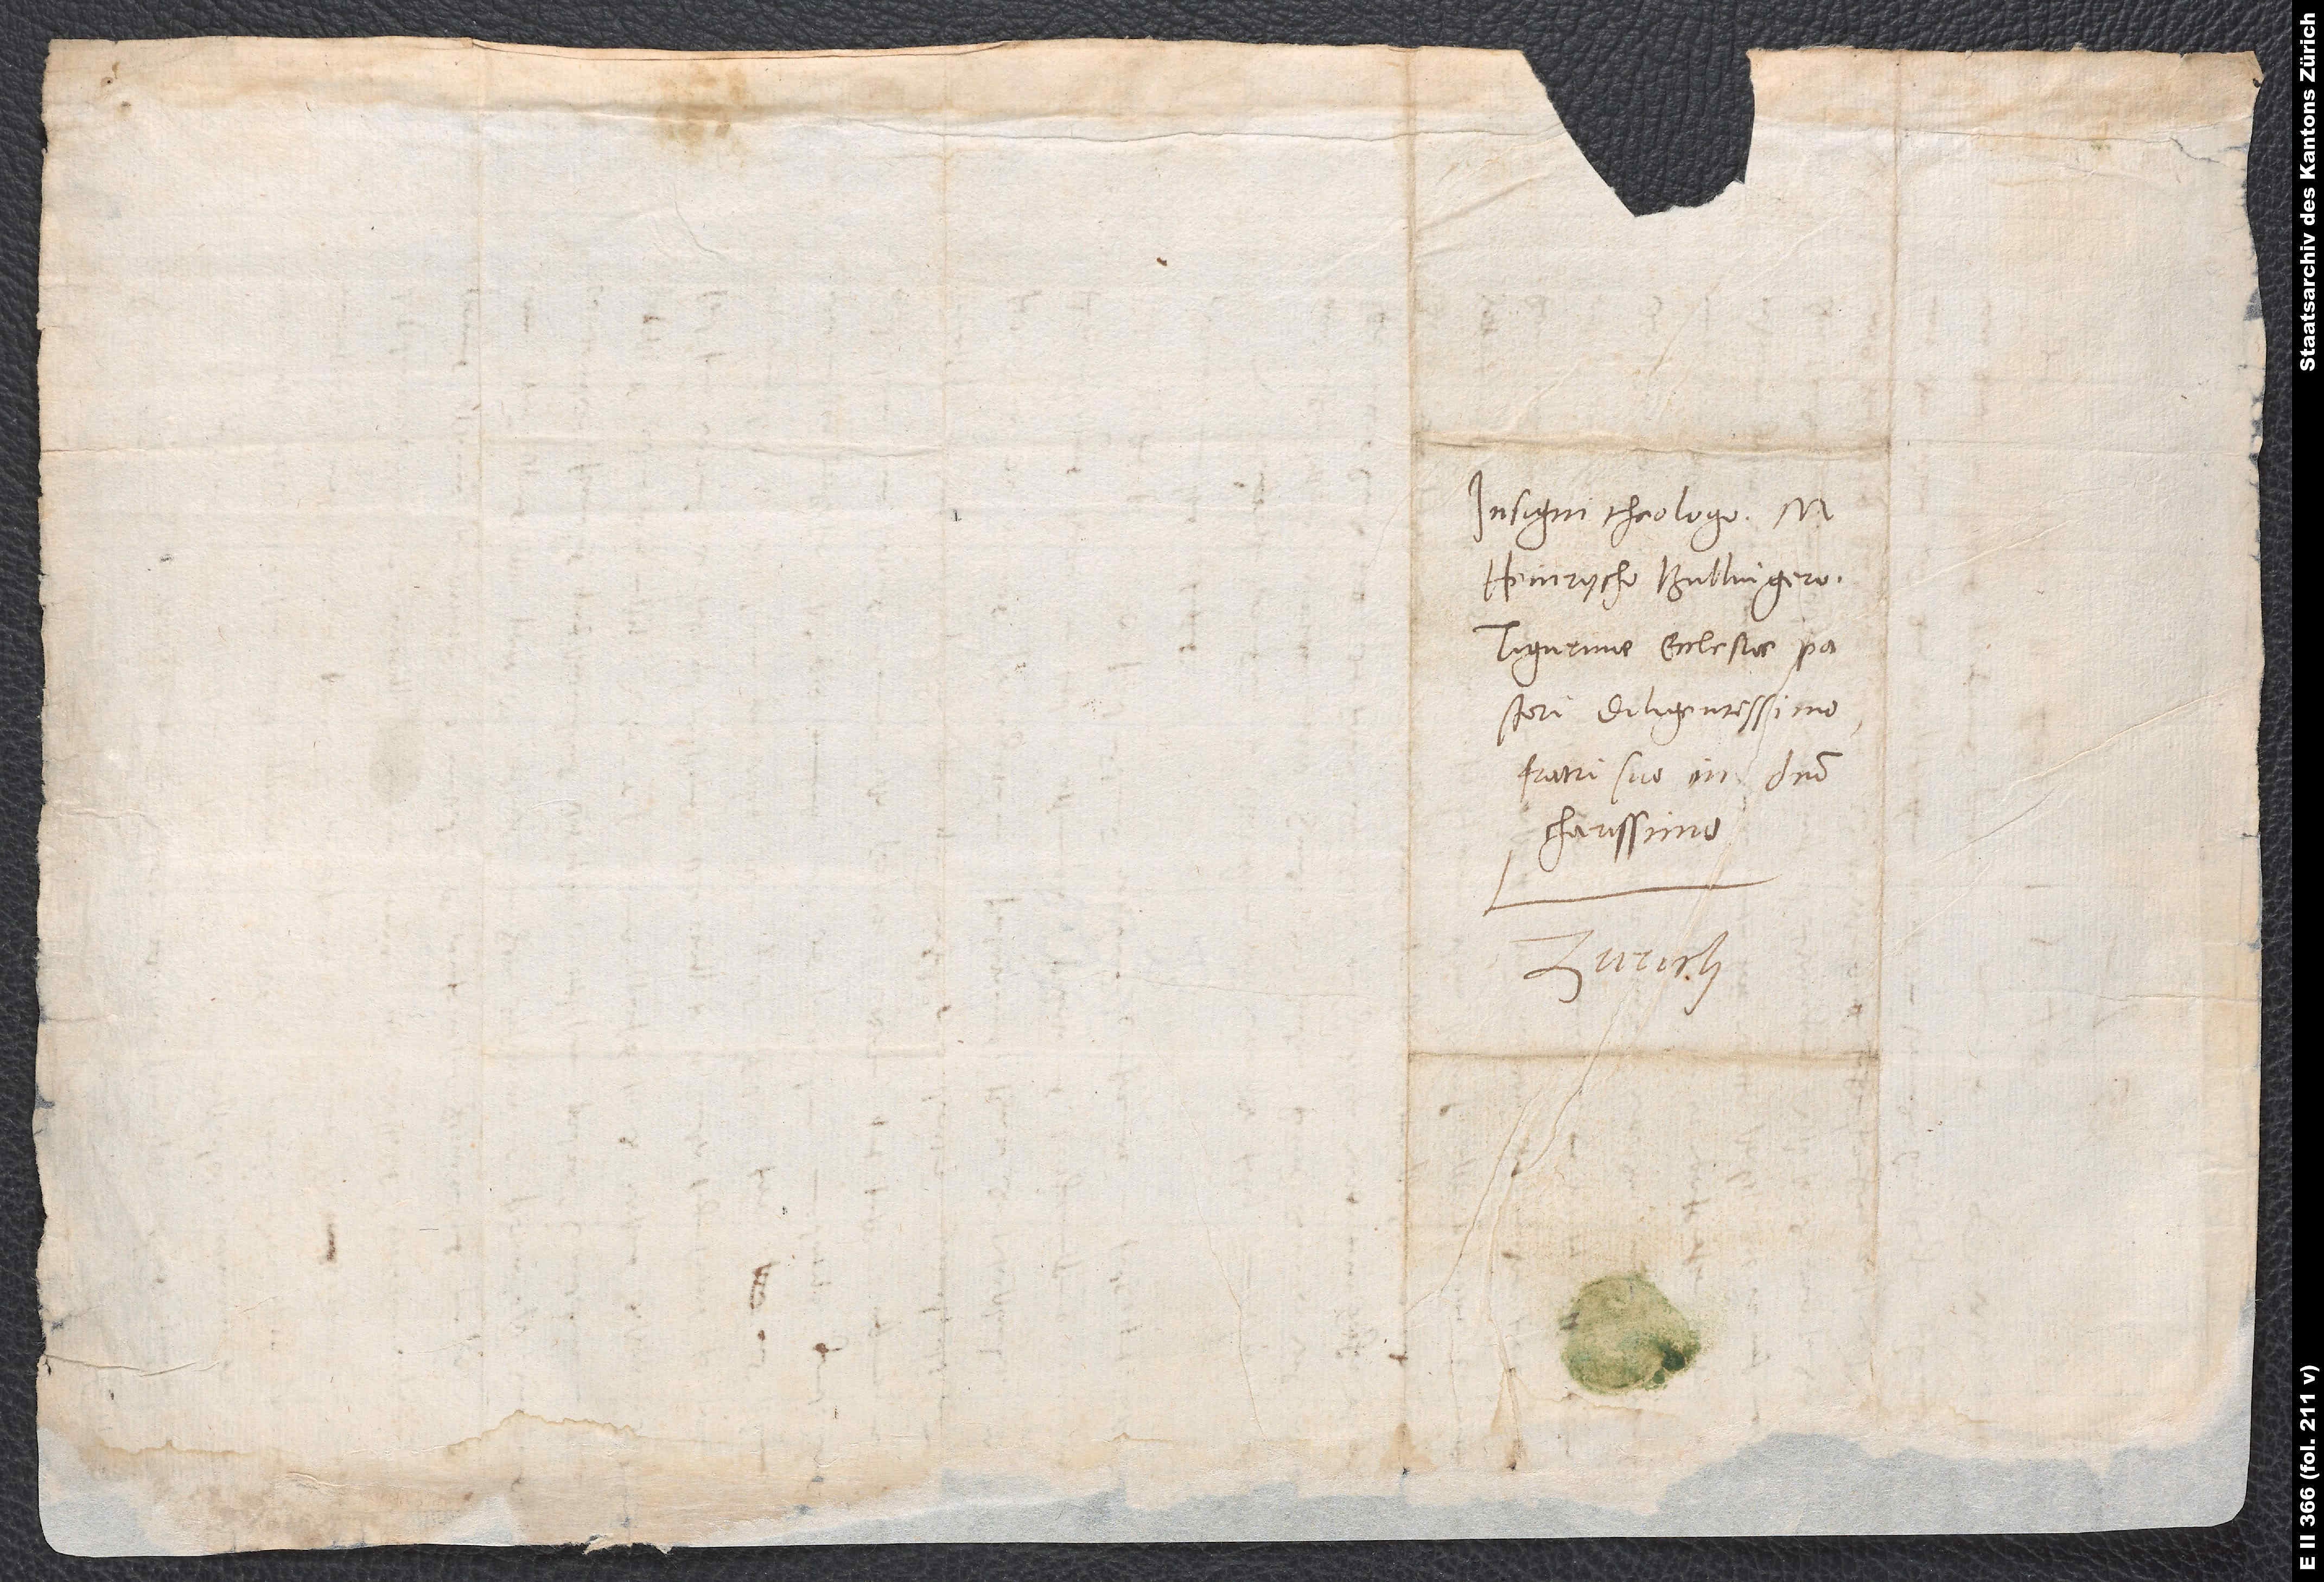
Insigni theologo m.
Heinrycho Bullingero,
Tigurinae ecclesiae pastori
diligentissimo,
fratri suo in domino
charissimo.
Zurich.